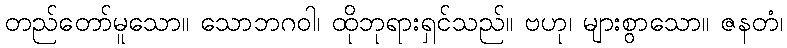
တည်တော်မူသော။ သောဘဂဝါ၊ ထိုဘုရားရှင်သည်။ ဗဟု၊ များစွာသော။ ဇနတံ၊